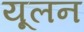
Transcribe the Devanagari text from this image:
यूलन